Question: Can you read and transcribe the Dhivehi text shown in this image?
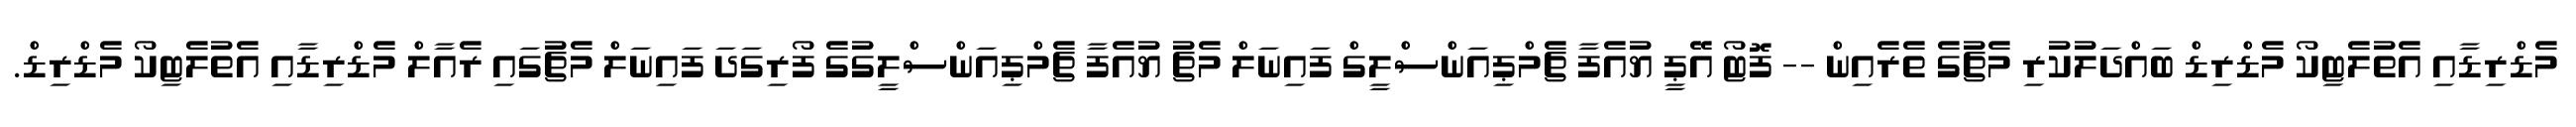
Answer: މެޑްރިޑާއި އެތުލެޓިކޯ މެޑްރިޑް ބައްދަލުކުރި މެޗުގެ ތެރެއިން -- ފޮޓޯ އޭޕީ ޔުއެފާ ޗެމްޕިއަންސްލީގް ފައިނަލް މެޗު ޔުއެފާ ޗެމްޕިއަންސްލީގުގެ ފޯރިގަދަ ފައިނަލް މެޗުގައި ރެއާލް މެޑްރިޑާއި އެތުލެޓިކޯ މެޑްރިޑް.